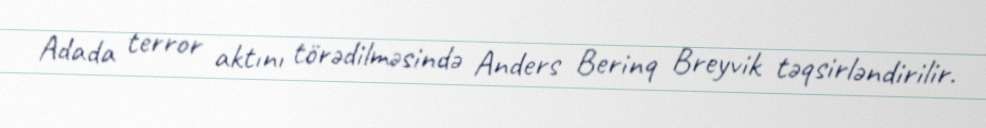
Adada terror aktını törədilməsində Anders Berinq Breyvik təqsirləndirilir.